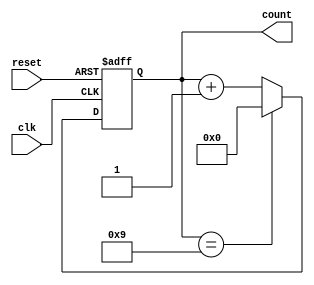
module decade_counter(
    input wire clk, // Clock signal
    input wire reset, // Reset signal
    output reg [3:0] count // 4-bit binary representation of count value
);

reg [3:0] next_count;

always @(posedge clk or posedge reset) begin
    if (reset) begin
        next_count <= 4'b0000; // Reset to 0
    end else begin
        if (next_count == 4'b1001) begin
            next_count <= 4'b0000; // Reset to 0 after reaching 9
        end else begin
            next_count <= next_count + 1; // Increment count
        end
    end
end

assign count = next_count;

endmodule